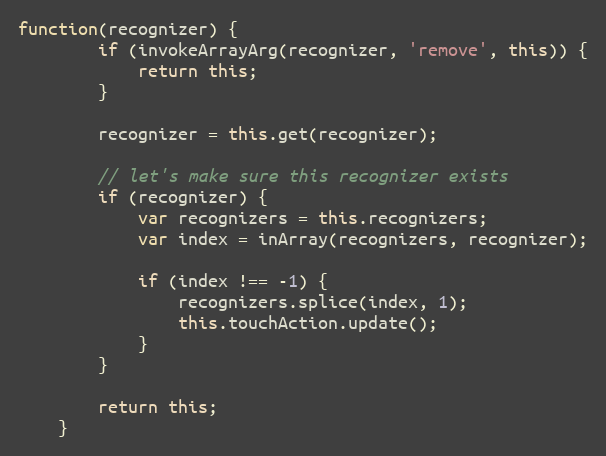
Language: JavaScript
function(recognizer) {
        if (invokeArrayArg(recognizer, 'remove', this)) {
            return this;
        }

        recognizer = this.get(recognizer);

        // let's make sure this recognizer exists
        if (recognizer) {
            var recognizers = this.recognizers;
            var index = inArray(recognizers, recognizer);

            if (index !== -1) {
                recognizers.splice(index, 1);
                this.touchAction.update();
            }
        }

        return this;
    }